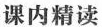
课内精读